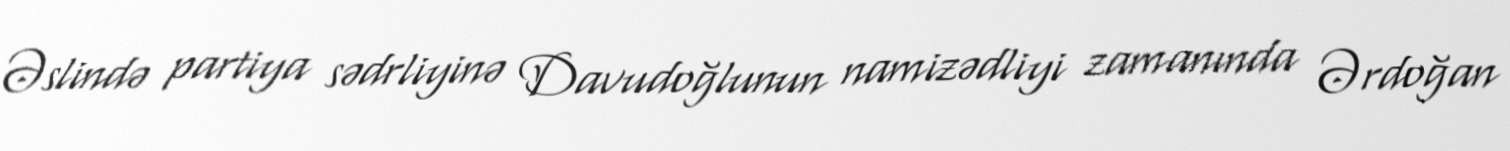
Əslində partiya sədrliyinə Davudoğlunun namizədliyi zamanında Ərdoğan